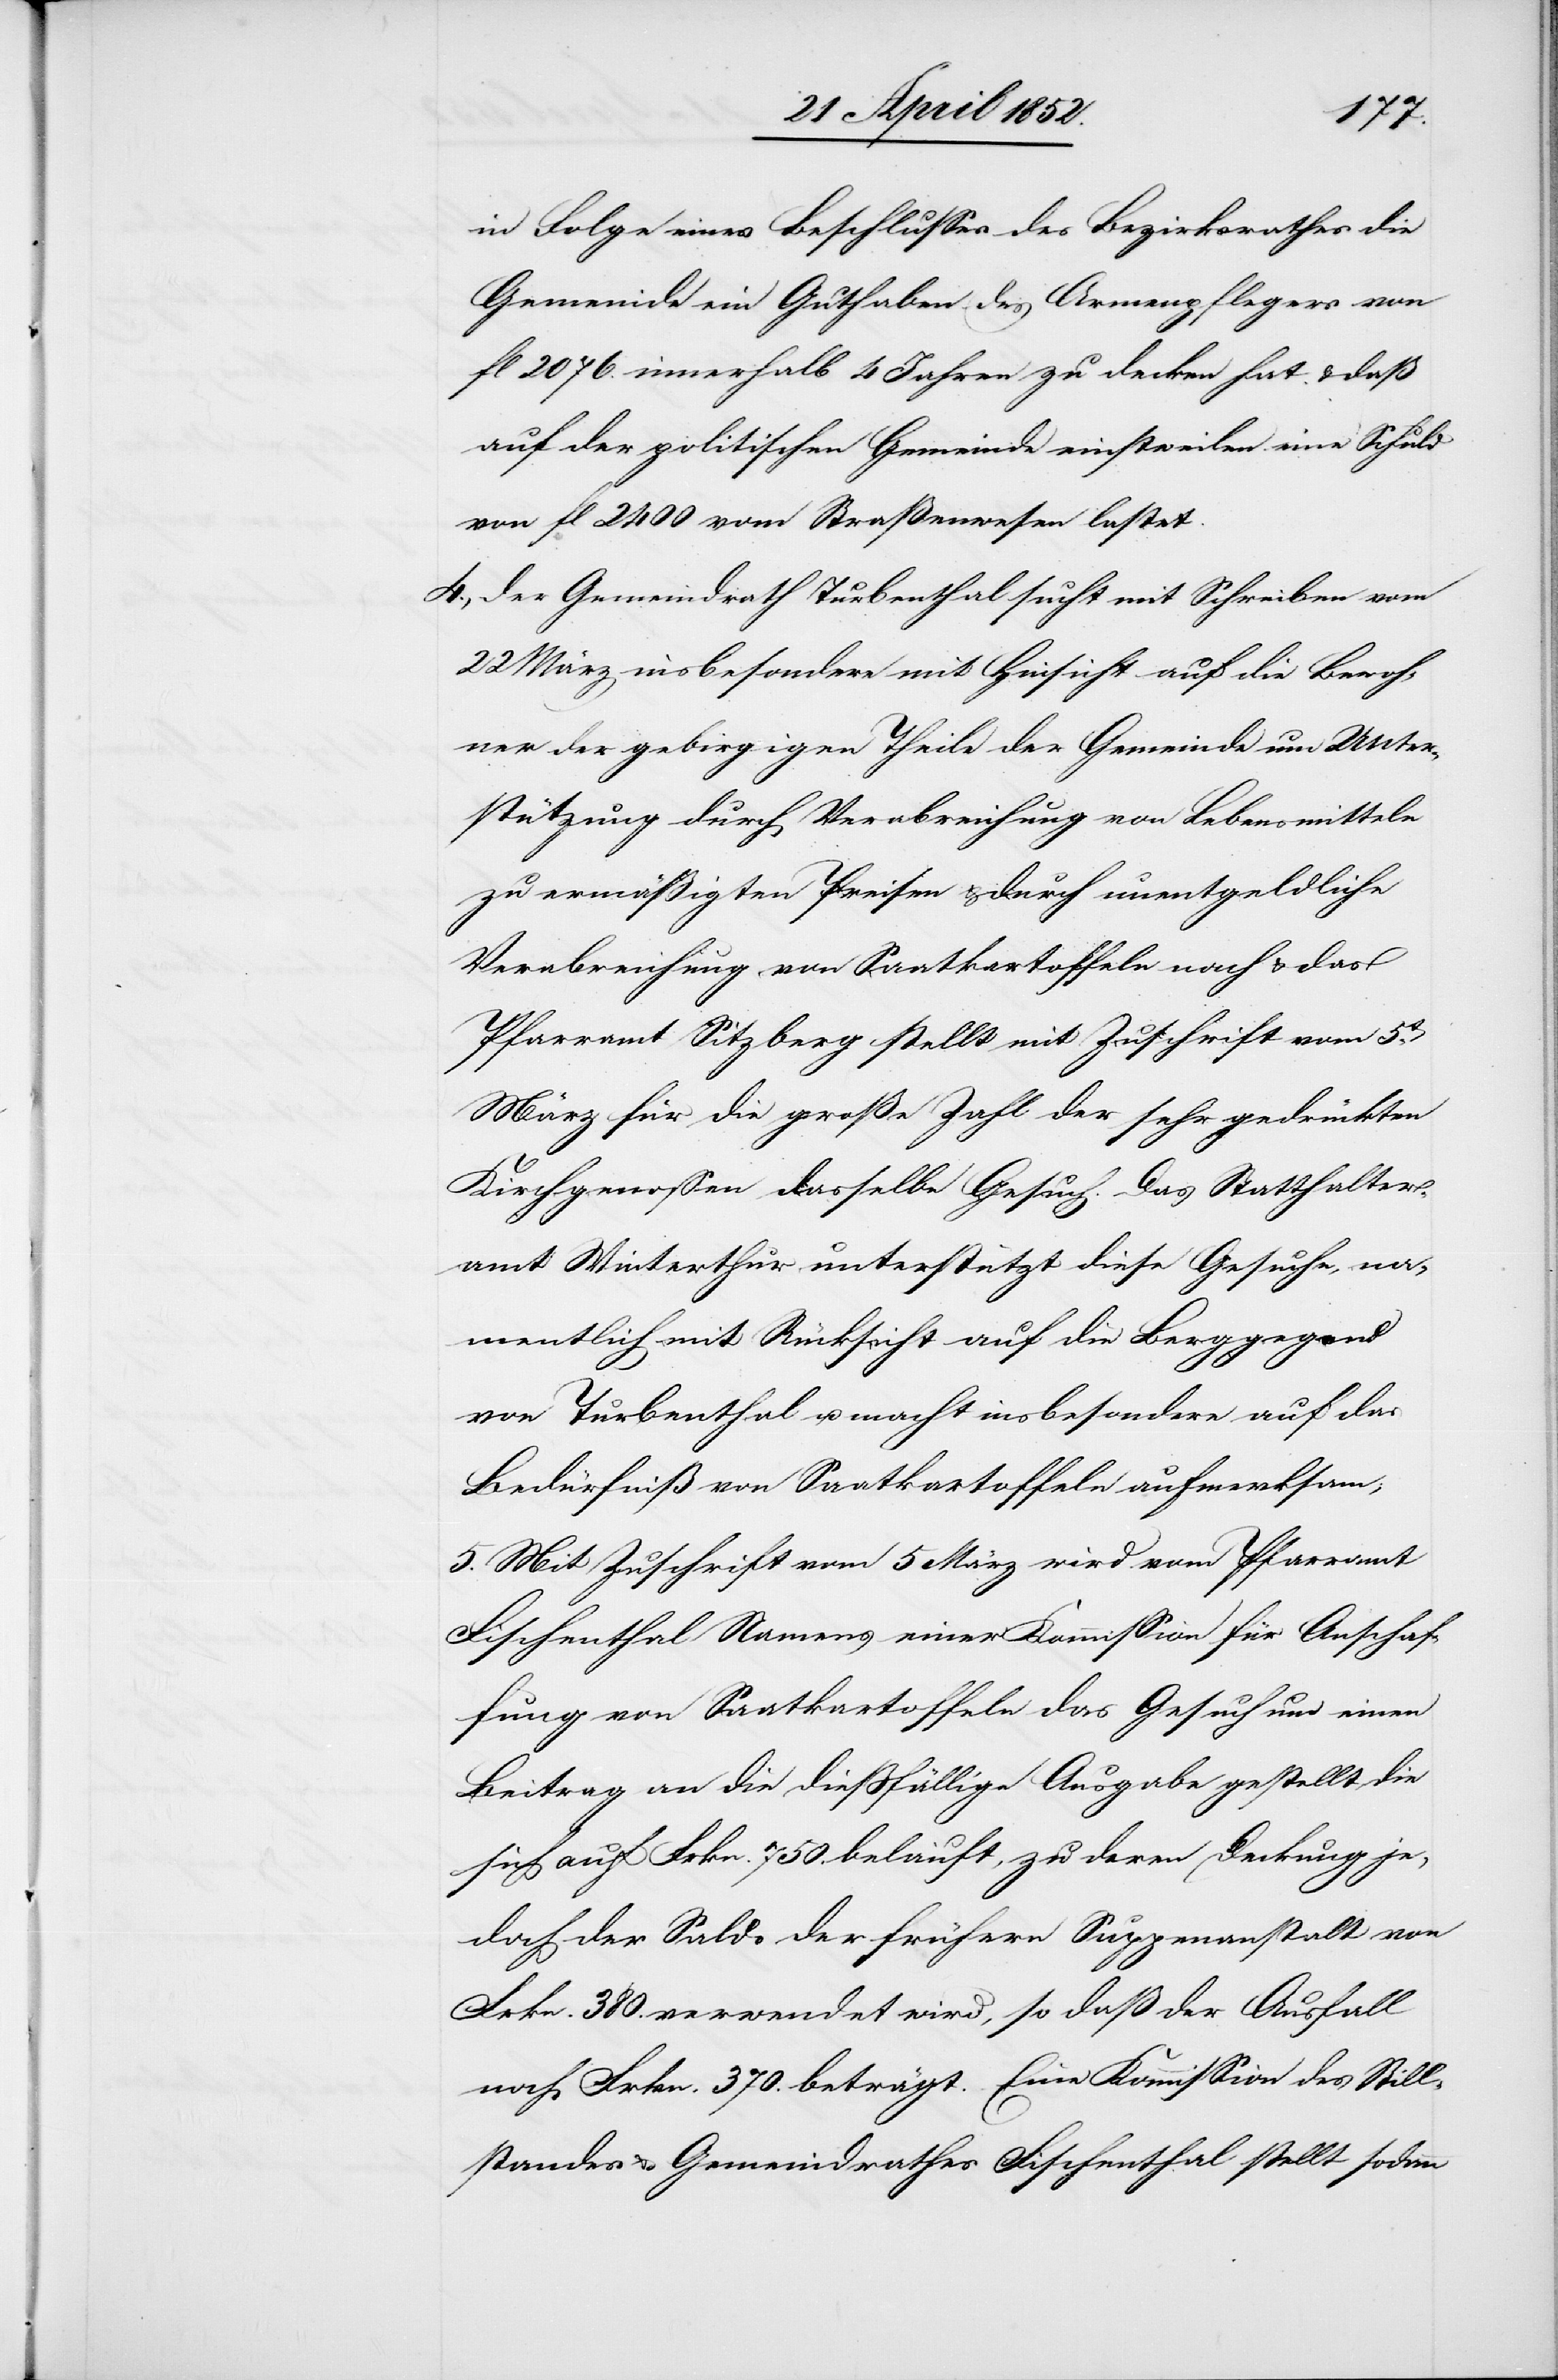
in Folge eines Beschlusses des Bezirksrathes die
Gemeinde ein Guthaben des Armenpflegers von
fl 2076. innerhalb 4 Jahren zu decken hat & daß
auf der politischen Gemeinde einstweilen eine Schuld
von fl 2400 vom Straßenwesen lastet.
4., Der Gemeindrath Turbenthal sucht mit Schreiben vom
22 März insbesondere mit Hinsicht auf die Bewoh¬
ner der gebirgigen Theile der Gemeinde um Unter¬
stützung durch Verabreichung von Lebensmitteln
zu ermäßigten Preisen & durch unentgeldliche
Verabreichung von Saatkartoffeln nach & das
Pfarramt Sitzberg stellt mit Zuschrift vom 5t.
März für die große Zahl der sehr gedrückten
Kirchgenossen dasselbe Gesuch. Das Statthalter¬
amt Winterthur unterstützt diese Gesuche, na¬
mentlich mit Rücksicht auf die Berggegend
von Turbenthal u. macht insbesondere auf das
Bedürfniß von Saatkartoffeln aufmerksam;
5. Mit Zuschrift vom 5 März wird vom Pfarramt
Fischenthal Namens einer Kommission für Anschaf¬
fung von Saatkartoffeln das Gesuch um einen
Beitrag an die diessfällige Ausgabe gestellt die
sich auf Frkn. 750. beläuft, zu deren Deckung je¬
doch der Saldo der frühern Suppenanstalt von
Frkn. 380. verwendet wird, so daß der Ausfall
noch Frkn. 370. beträgt. Eine Kommission des Still¬
standes & Gemeindrathes Fischenthal stellt sodann